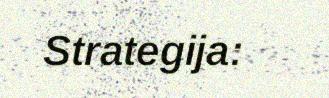
Strategija: